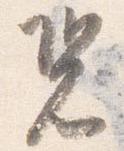
況